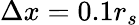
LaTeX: \Delta x=0.1r_{s}